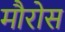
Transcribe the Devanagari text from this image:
मौरोस